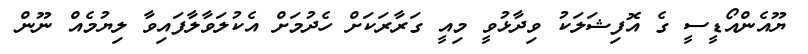
ޔޫއެންއޯޑީސީ ގެ އޮފިޝަލަކު ވިދާޅުވީ މިއީ ގަރާރަކަށް ހެދުމަށް އެކުލަވާލާފައިވާ ލިޔުމެއް ނޫން